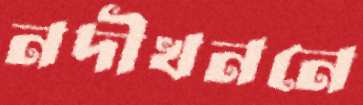
নদীখননে